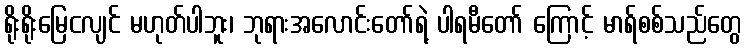
ရိုးရိုးမြေငလျင် မဟုတ်ပါဘူး၊ ဘုရားအလောင်းတော်ရဲ့ ပါရမီတော် ကြောင့် မာရ်စစ်သည်တွေ